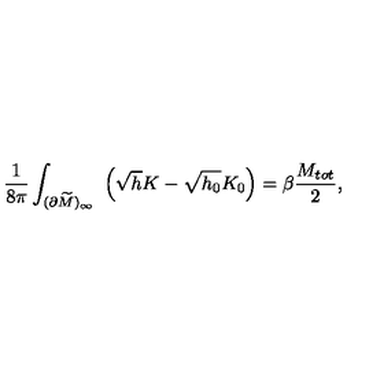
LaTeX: { \frac { 1 } { 8 \pi } } \int _ { ( \partial \widetilde M ) _ { \infty } } \ \left( \sqrt { h } K - \sqrt { h _ { 0 } } K _ { 0 } \right) = \beta { \frac { M _ { t o t } } { 2 } } ,